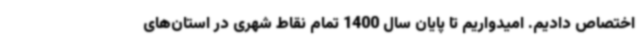
اختصاص دادیم. امیدواریم تا پایان سال 1400 تمام نقاط شهری در استان‌های